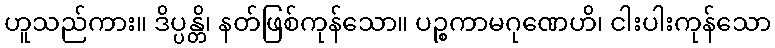
ဟူသည်ကား။ ဒိပ္ပန္တိ၊ နတ်ဖြစ်ကုန်သော။ ပဉ္စကာမဂုဏေဟိ၊ ငါးပါးကုန်သော